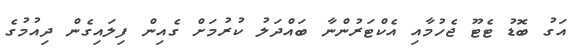
އަގު ބޮޑު ޓެޓޫ ޖެހުމާއި އެކްޓަރުންނާ ބައްދަލު ކުރުމަށް ގެއިން ފިލައިގެން ދިއުމުގެ